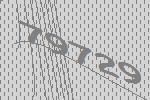
79729